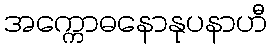
အက္ကောဓနောနုပနာဟီ